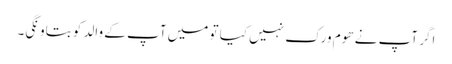
اگر آپ نے ھوم ورک نہیں کیا تو میں آپ کے والد کو بتاونگی۔